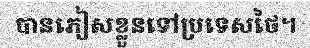
បានភៀសខ្លួនទៅប្រទេសថៃ។